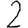
Digit: 2